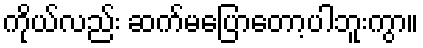
ကိုယ်လည်း ဆက်မပြောတော့ပါဘူးကွာ။